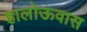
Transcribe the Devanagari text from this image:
हालोऊवास